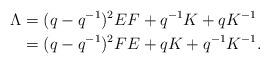
LaTeX: \begin{align*}\Lambda&=(q-q^{-1})^2 EF + q^{-1} K+q K^{-1}\\&=(q-q^{-1})^2 FE + q K+q^{-1} K^{-1}.\end{align*}